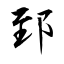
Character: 郅